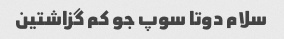
سلام دوتا سوپ جو کم گزاشتین